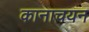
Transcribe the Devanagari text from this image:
कानाचयन